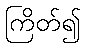
ကြိတ်၍